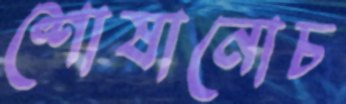
শোষানোচ